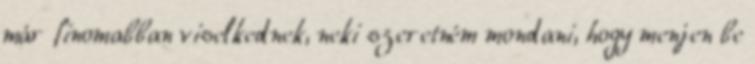
már finomabban viselkednek, neki szeretném mondani, hogy menjen be